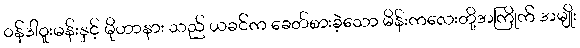
၀န်ဒါဝူးမန်းနှင့် မိုဟာနား သည် ယခင်က ခေတ်စားခဲ့သော မိန်းကလေးတို့အကြိုက် အမျိုး